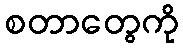
စတာတွေကို